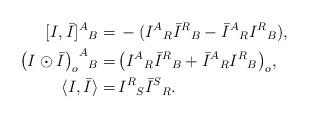
LaTeX: \begin{align*}[I,\bar{I}]^{A}{}_{B}= &\, -(I^{A}{}_{R}\bar{I}^{R}{}_{B}-\bar{I}^{A}{}_{R}I^{R}{}_{B}), \\{\big(I\odot\bar{I}\big)_o}^{A}{}_{B}= &\, \big(I^{A}{}_{R}\bar{I}^{R}{}_{B}+\bar{I}^{A}{}_{R}I^{R}{}_{B}\big)_o, \\\langle I,\bar{I}\rangle= &\, I^{R}{}_{S}\bar{I}^{S}{}_{R}.\end{align*}